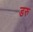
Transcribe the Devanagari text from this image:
डरु